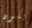
يكون